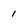
Character: 1